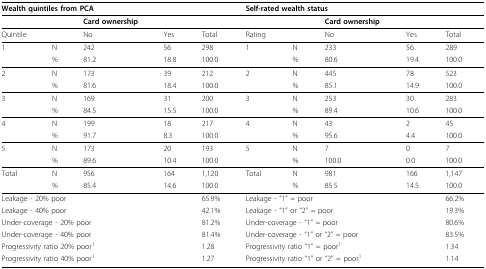
<table><thead><tr><td colspan="4"><b>Wealth quintiles from PCA</b></td><td></td><td colspan="4"><b>Self-rated wealth status</b></td><td></td></tr></thead><tbody><tr><td></td><td></td><td><b>Card ownership</b></td><td></td><td></td><td></td><td></td><td><b>Card ownership</b></td><td></td><td></td></tr><tr><td>Quintile</td><td></td><td>No</td><td>Yes</td><td>Total</td><td>Rating</td><td></td><td>No</td><td>Yes</td><td>Total</td></tr><tr><td>1</td><td>N</td><td>242</td><td>56</td><td>298</td><td>1</td><td>N</td><td>233</td><td>56</td><td>289</td></tr><tr><td></td><td>%</td><td>81.2</td><td>18.8</td><td>100.0</td><td></td><td>%</td><td>80.6</td><td>19.4</td><td>100.0</td></tr><tr><td>2</td><td>N</td><td>173</td><td>39</td><td>212</td><td>2</td><td>N</td><td>445</td><td>78</td><td>523</td></tr><tr><td></td><td>%</td><td>81.6</td><td>18.4</td><td>100.0</td><td></td><td>%</td><td>85.1</td><td>14.9</td><td>100.0</td></tr><tr><td>3</td><td>N</td><td>169</td><td>31</td><td>200</td><td>3</td><td>N</td><td>253</td><td>30</td><td>283</td></tr><tr><td></td><td>%</td><td>84.5</td><td>15.5</td><td>100.0</td><td></td><td>%</td><td>89.4</td><td>10.6</td><td>100.0</td></tr><tr><td>4</td><td>N</td><td>199</td><td>18</td><td>217</td><td>4</td><td>N</td><td>43</td><td>2</td><td>45</td></tr><tr><td></td><td>%</td><td>91.7</td><td>8.3</td><td>100.0</td><td></td><td>%</td><td>95.6</td><td>4.4</td><td>100.0</td></tr><tr><td>5</td><td>N</td><td>173</td><td>20</td><td>193</td><td>5</td><td>N</td><td>7</td><td>0</td><td>7</td></tr><tr><td></td><td>%</td><td>89.6</td><td>10.4</td><td>100.0</td><td></td><td>%</td><td>100.0</td><td>0.0</td><td>100.0</td></tr><tr><td>Total</td><td>N</td><td>956</td><td>164</td><td>1,120</td><td>Total</td><td>N</td><td>981</td><td>166</td><td>1,147</td></tr><tr><td></td><td>%</td><td>85.4</td><td>14.6</td><td>100.0</td><td></td><td>%</td><td>85.5</td><td>14.5</td><td>100.0</td></tr><tr><td colspan="3">Leakage - 20% poor</td><td></td><td>65.9%</td><td colspan="3">Leakage - &quot;1&quot; = poor</td><td></td><td>66.2%</td></tr><tr><td colspan="3">Leakage - 40% poor</td><td></td><td>42.1%</td><td colspan="4">Leakage - &quot;1&quot; or &quot;2&quot; = poor</td><td>19.3%</td></tr><tr><td colspan="4">Under-coverage - 20% poor</td><td>81.2%</td><td colspan="4">Under-coverage - &quot;1&quot; = poor</td><td>80.6%</td></tr><tr><td colspan="4">Under-coverage - 40% poor</td><td>81.4%</td><td colspan="4">Under-coverage - &quot;1&quot; or &quot;2&quot; = poor</td><td>83.5%</td></tr><tr><td colspan="4">Progressivity ratio 20% poor<sup>1</sup></td><td>1.28</td><td colspan="4">Progressivity ratio &quot;1&quot; = poor<sup>1</sup></td><td>1.34</td></tr><tr><td colspan="4">Progressivity ratio 40% poor<sup>1</sup></td><td>1.27</td><td colspan="4">Progressivity ratio &quot;1&quot; or &quot;2&quot; = poor<sup>1</sup></td><td>1.14</td></tr></tbody></table>